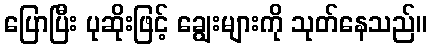
ပြောပြီး ပုဆိုးဖြင့် ချွေးများကို သုတ်နေသည်။